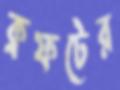
ক্রফটের